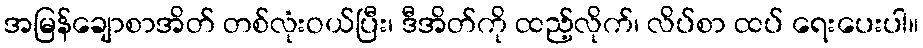
အမြန်ချောစာအိတ် တစ်လုံးဝယ်ပြီး၊ ဒီအိတ်ကို ထည့်လိုက်၊ လိပ်စာ ထပ် ရေးပေးပါ။